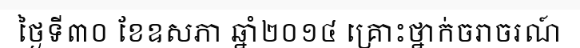
ថ្ងៃទី៣០ ខែឧសភា ឆ្នាំ២០១៤ គ្រោះថ្នាក់ចរាចរណ៍